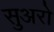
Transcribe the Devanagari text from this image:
सुअरो